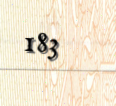
183